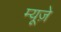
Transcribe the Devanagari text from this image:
म्यूज़े